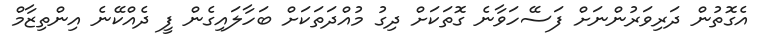
އެގޮތުން ދަރިވަރުންނަށް ފަސޭހަވާނެ ގޮތަކަށް ދިގު މުއްދަތަކަށް ބަހާލައިގެން ފީ ދެއްކޭނެ އިންތިޒާމް